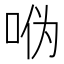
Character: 𫩳